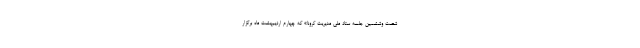
شصت وششمین جلسه ستاد ملی مدیریت کرونا» که چهارم اردیبهشت ماه برگزار